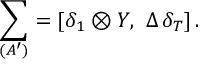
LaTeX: \sum _ { ( A ^ { \prime } ) } = [ \delta _ { 1 } \otimes Y , \, \, \Delta \, \delta _ { T } ] \, .